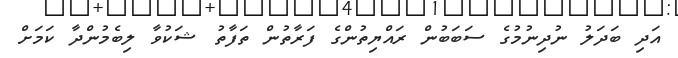
އަދި ބަދަލު ނުދިނުމުގެ ސަބަބުން ރައްޔިތުންގެ ފަރާތުން ތަފާތު ޝަކުވާ ލިބެމުންދާ ކަމަށް